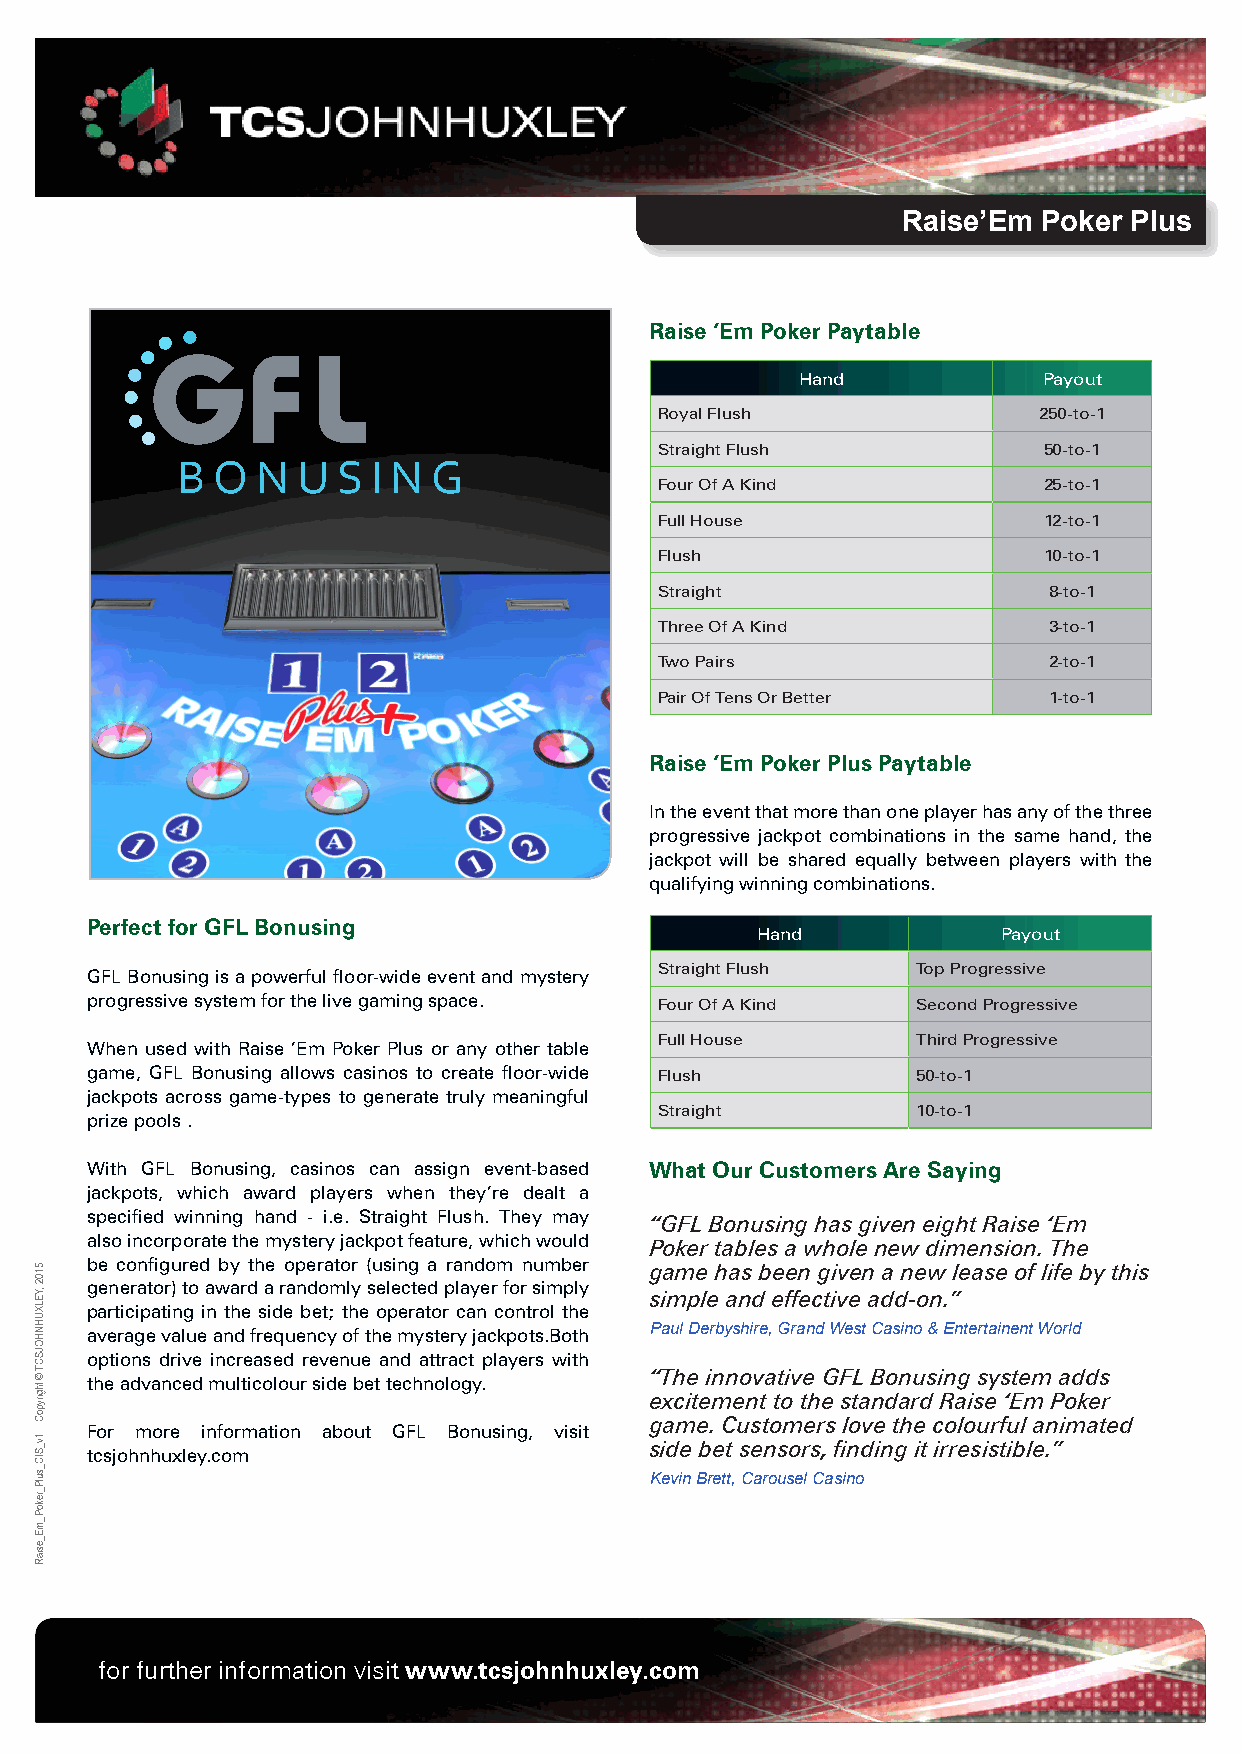
Raise’Em Poker Plus
 Raise ‘Em Poker Paytable
 GF         L
 Hand            Payout
 Royal Flush              250-to-1
 Straight Flush           50-to-1
 B O  NU   S IN   G
 Four Of A Kind           25-to-1
 Full House               12-to-1
 Flush                    10-to-1
 Straight                 8-to-1
 Three Of A Kind          3-to-1
 Two Pairs                2-to-1
 Pair Of Tens Or Better   1-to-1
 Raise ‘Em Poker Plus Paytable
 In the event that more than one player has any of the three
 progressive jackpot combinations in the same hand, the
 jackpot will be shared equally between players with the
 qualifying winning combinations.
 Perfect for GFL Bonusing
 Hand            Payout
 GFL Bonusing is a powerful floor-wide event and mystery Straight Flush Top Progressive
 progressive system for the live gaming space. Four Of A Kind Second Progressive
 Full House       Third Progressive
 When used with Raise ’Em Poker Plus or any other table
 game, GFL Bonusing allows casinos to create floor-wide Flush 50-to-1
 jackpots across game-types to generate truly meaningful
 Straight         10-to-1
 prize pools .
 With GFL Bonusing, casinos can assign event-based What Our Customers Are Saying
 jackpots, which award players when they’re dealt a
 specified winning hand - i.e. Straight Flush. They may
 “GFL Bonusing has given eight Raise ‘Em
 also incorporate the mystery jackpot feature, which would
 Poker tables a whole new dimension. The
 be configured by the operator (using a random number
 game has been given a new lease of life by this
 generator) to award a randomly selected player for simply simple and effective add-on.”
 participating in the side bet; the operator can control the
 average value and frequency of the mystery jackpots.Both Paul Derbyshire, Grand West Casino & Entertainent World
 options drive increased revenue and attract players with
 “The innovative GFL Bonusing system adds the advanced multicolour side bet technology.
 excitement to the standard Raise ‘Em Poker
 game. Customers love the colourful animated
 For more information about GFL Bonusing, visit
 side bet sensors, finding it irresistible.”
 tcsjohnhuxley.com
 Kevin Brett, Carousel Casino
 Some products are only available
 for sale in certain jurisdictions.
 for further information visit www.tcsjohnhuxley.com
 Contact your local sales office for
 details on supply status. E&OE.
 5102
 ,YELXUHNHOJSCT
 © thgirypoC
 1v_SIC_sulP_rekoP_mE_esiaR